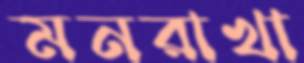
মনরাখা